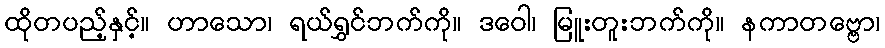
ထိုတပည့်နှင့်။ ဟာသော၊ ရယ်ရွှင်ဘက်ကို။ ဒဝေါ၊ မြူးတူးဘက်ကို။ နကာတဗ္ဗော၊